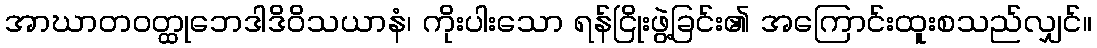
အာဃာတဝတ္ထုဘေဒါဒိဝိသယာနံ၊ ကိုးပါးသော ရန်ငြိုးဖွဲ့ခြင်း၏ အကြောင်းထူးစသည်လျှင်။